Annual administration report of the Civil Veterinary Department of India - 1897-1898
Year: 1897
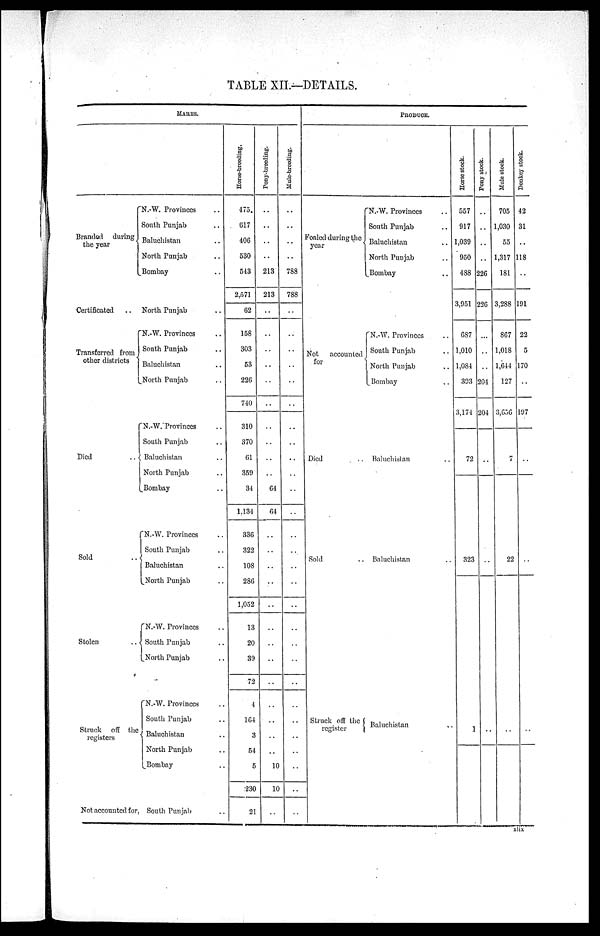
TABLE XII.—DETAILS.
MARES.
Branded during
the year
Certificated ..
Transferred from
other districts
Died ..
Sold ..{
Stolen ..
Struck off the
registers
N.—W. Provinces ..
South Punjab ..
Baluchistan ..
North Punjab ..
Bombay ..
North Punjab ..
N. W. Provinces ..
South Punjab ..
Baluchistan ..
North Punjab ..
N.—W. Provinces ..
South Punjab ..
Baluchistan ..
North Punjab ..
Bombay ..
N.—W. Provinces ..
South Punjab ..
Baluchistan ..
North Punjab ..
N.—W. Provinces ..
South Punjab ..
North Punjab ..
N.—W. Provinces ..
South Punjab ..
Baluchistan ..
North Punjab ..
Bombay ..
Not accounted for, South Punjab ..
Horse—breeding.
475.
617
406
530
543
2,571
62
158
303
53
226
740
310
370
61
359
34
1,134
336
322
108
286
1,052
13
20
39
72
4
164
3
54
5
230
21
Pony—breeding.
..
..
..
..
213
213
..
..
..
..
..
..
..
..
..
..
64
64
..
..
..
..
..
..
..
..
..
..
..
..
..
10
10
..
Mule—breeding.
..
..
..
..
788
788
..
..
..
..
..
..
..
..
..
..
..
..
..
..
..
..
..
..
..
..
..
..
..
..
..
..
..
..
PRODUCE.
Foaled during the
year
Not
accounted
for
Died ..
Sold ..
Struck off the
register
N. W. Provinces ..
South Punjab ..
Baluchistan ..
North Punjab ..
Bombay ..
N. W. Provinces ..
South Punjab ..
North Punjab ..
Bombay ..
Baluchistan ..
Baluchistan ..
Baluchistan ..
Horse stock.
557
917
1,039
950
488
3,951
687
1,010
1,084
393
3,174
72
323
1
Pony stock.
..
..
..
..
226
226
..
..
..
204
204
..
..
..
Mule stock.
705
1,030
55
1,317
181
3,288
867
1,018
1,644
127
3,656
7
22
..
Donkey stock.
42
31
..
118
..
191
22
5
170
..
197
..
..
..
xlix